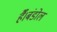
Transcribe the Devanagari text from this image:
हैँ।बंडोल